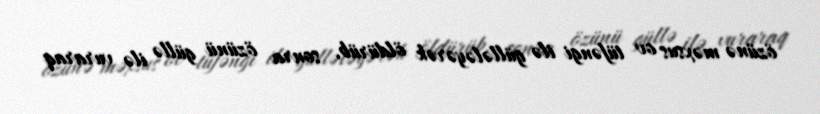
özünə məxsus ov tüfəngi ilə güllələyərək öldürüb, sonra özünü güllə ilə vuraraq